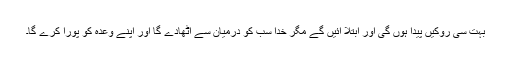
بہت سی روکیں پیدا ہوں گی اور ابتلا آئیں گے مگر خدا سب کو درمیان سے اٹھادے گا اور اپنے وعدہ کو پورا کرے گا۔